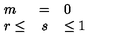
\begin{array} { l c l } { m } & { = } & { 0 } \\ { r \leq } & { s } & { \leq 1 } \\ \end{array}